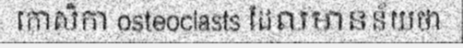
កោសិកា osteoclasts ដែលមានន័យថា